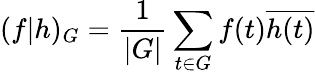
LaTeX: (f|h)_{G}={\frac{1}{|G|}}\sum_{t\in G}f(t){\overline{{h(t)}}}